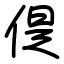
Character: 偍